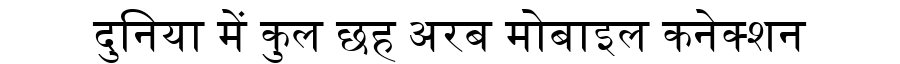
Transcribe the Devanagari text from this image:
दुनिया में कुल छह अरब मोबाइल कनेक्शन